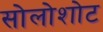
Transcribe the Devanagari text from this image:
सोलोशोट